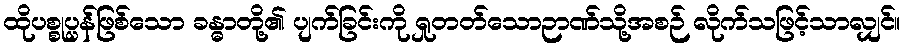
ထိုပစ္စုပ္ပန်ဖြစ်သော ခန္ဓာတို့၏ ပျက်ခြင်းကို ရှုတတ်သောဉာဏ်သို့အစဉ် လိုက်သဖြင့်သာလျှင်။